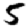
Digit: 5